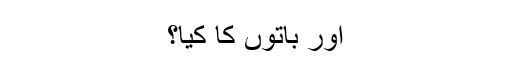
اور باتوں کا کیا؟